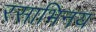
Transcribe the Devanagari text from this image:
रसाभिनय